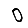
Digit: 0